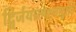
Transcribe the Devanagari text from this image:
द्विर्जयात्पश्‍चाद्वर्तते